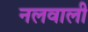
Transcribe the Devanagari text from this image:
नलवाली